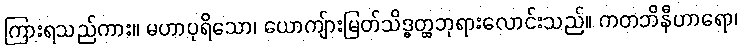
ကြားရသည်ကား။ မဟာပုရိသော၊ ယောကျ်ားမြတ်သိဒ္ဓတ္ထဘုရားလောင်းသည်။ ကတဘိနီဟာရော၊